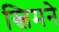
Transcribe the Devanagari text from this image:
स्लिमने